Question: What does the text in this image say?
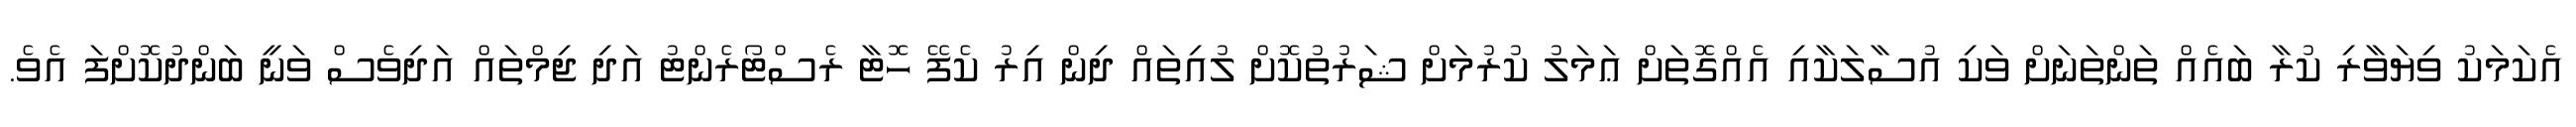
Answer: އެކަމަކު ވިޔަވާރި ކުރާ ބައެއް ތަންތަނަށް ވަކި އުސާލަކާއި އެއްގޮތަށް ޢަމަލު ކުރުމަށް ޝަރުތުކޮށް ލުއިތައް ދިން އިރު ކެފޭ ހޮޓާ ރެސްޓޯރެންޓު އަދި ޖިމްތައް އަދިވެސް ވަނީ ބަންދުކޮށްފަ އެވެ.